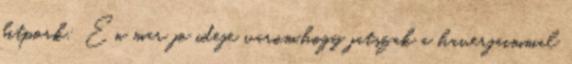
bitpork: En mar jo ideje varom,hogy jatszak a haverjaimmal